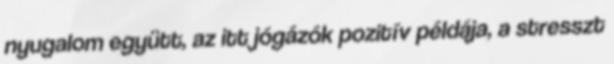
nyugalom együtt, az itt jógázók pozitív példája, a stresszt